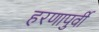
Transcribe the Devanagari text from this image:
हरणापुर्वी